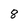
Character: 8